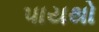
પાયથો